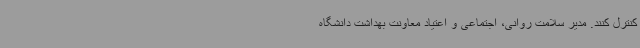
کنترل کنند. مدیر سلامت روانی، اجتماعی و اعتیاد معاونت بهداشت دانشگاه